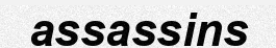
assassins